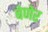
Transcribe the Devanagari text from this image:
बेणेर